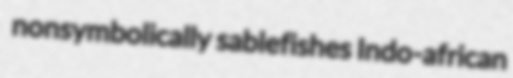
nonsymbolically sablefishes Indo-african